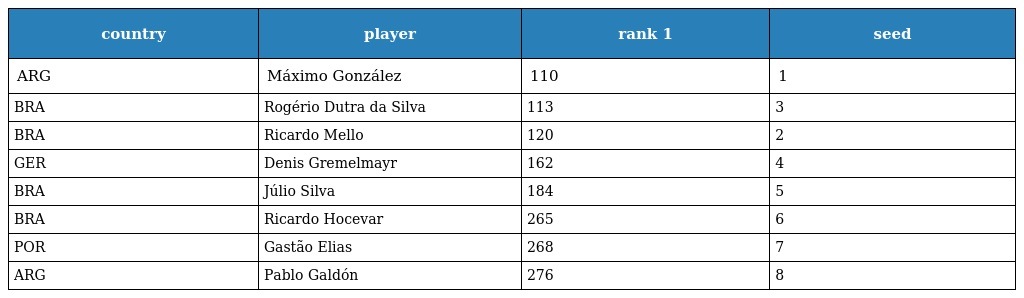
| country | player | rank 1 | seed |
 | --- | --- | --- | --- |
 | ARG | Máximo González | 110 | 1 |
 | BRA | Rogério Dutra da Silva | 113 | 3 |
 | BRA | Ricardo Mello | 120 | 2 |
 | GER | Denis Gremelmayr | 162 | 4 |
 | BRA | Júlio Silva | 184 | 5 |
 | BRA | Ricardo Hocevar | 265 | 6 |
 | POR | Gastão Elias | 268 | 7 |
 | ARG | Pablo Galdón | 276 | 8 |